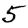
Digit: 5